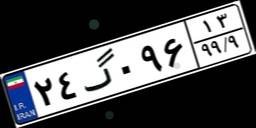
۲۴گ۰۹۶۱۳